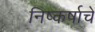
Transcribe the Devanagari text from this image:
निष्कर्षाचे